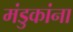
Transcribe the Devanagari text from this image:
मंडुकांना